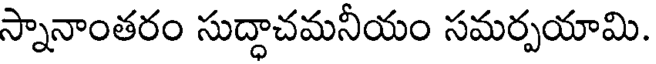
స్నానాంతరం సుద్ధాచమనీయం సమర్పయామి.